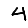
Digit: 4